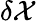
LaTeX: \delta\mathcal{X}